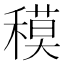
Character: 𥡸